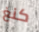
كنغ